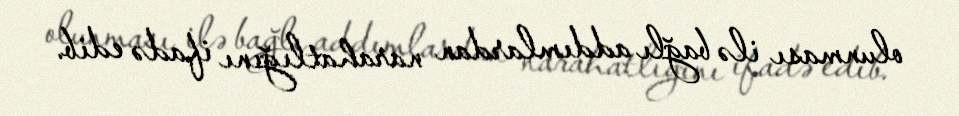
olunması ilə bağlı addımlardan narahatlığını ifadə edib.